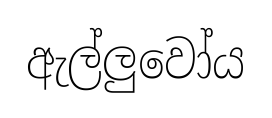
ඇල්ලුවෝය